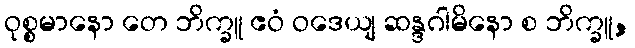
ဝုစ္စမာနော တေ ဘိက္ခူ ဧဝံ ဝဒေယျ ဆန္ဒဂါမိနော စ ဘိက္ခူ,